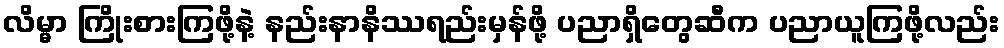
လိမ္မာ ကြိုးစားကြဖို့နဲ့ နည်းနာနိဿရည်းမှန်ဖို့ ပညာရှိတွေဆီက ပညာယူကြဖို့လည်း